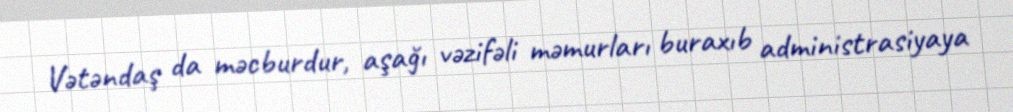
Vətəndaş da məcburdur, aşağı vəzifəli məmurları buraxıb administrasiyaya